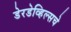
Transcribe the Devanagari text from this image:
डेरडेव्हिल्सचे